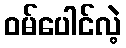
ဝမ်ပေါင်လဲ့